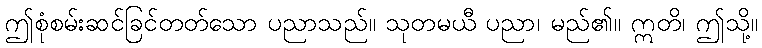
ဤစုံစမ်းဆင်ခြင်တတ်သော ပညာသည်။ သုတမယီ ပညာ၊ မည်၏။ ဣတိ၊ ဤသို့။